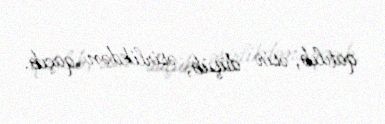
qatılıb, əsir düşüb, əsirlikdən qaçıb.